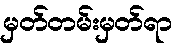
မှတ်တမ်းမှတ်ရာ